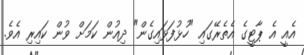
އެއީ އެ ޕާޓީގެ އެތެރޭގައި "ހުޅުފަޅައިގެން" ދިއުން ކަމަށް ވުން ކައިރި އެވެ.